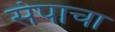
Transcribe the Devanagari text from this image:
संपाचा